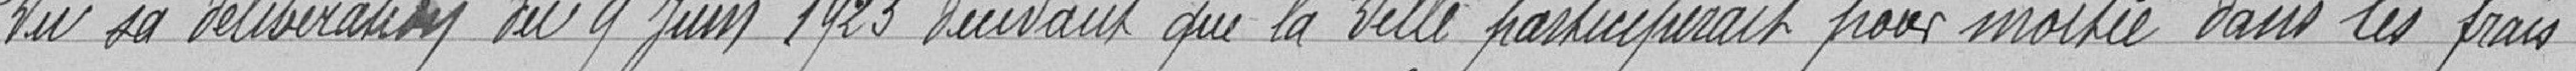
Vu sa délibération du 9 juin 1923 décidant que la Ville participerait pour moitié dans les frais